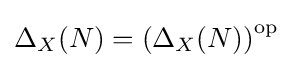
\Delta _{X}(N)=\left(\Delta _{X}(N)\right)^{\operatorname {op} }